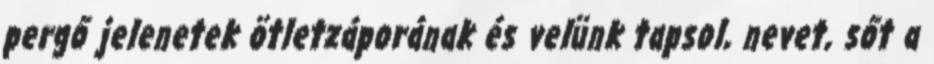
pergő jelenetek ötletzáporának és velünk tapsol, nevet, sőt a